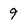
Character: 9